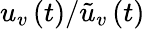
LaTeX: u_{v}\left(t\right)/\tilde{u}_{v}\left(t\right)